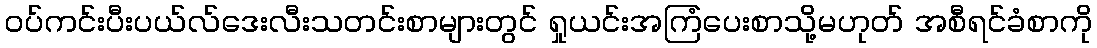
ဝပ်ကင်းပီးပယ်လ်ဒေးလီးသတင်းစာများတွင် ရှုယင်းအကြံပေးစာသို့မဟုတ် အစီရင်ခံစာကို